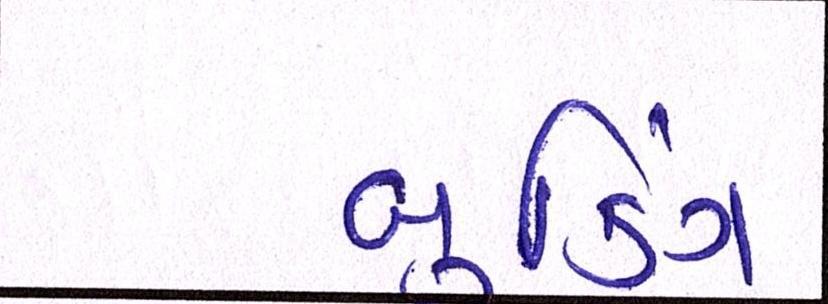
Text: બુકિંગ